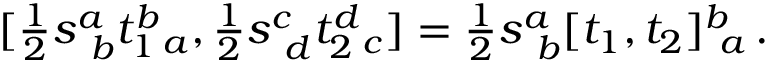
[ \textstyle { \frac { 1 } { 2 } } s _ { ~ b } ^ { a } t _ { 1 } ^ { b } { } _ { a } , \textstyle { \frac { 1 } { 2 } } s _ { ~ d } ^ { c } t _ { 2 } ^ { d } { } _ { c } ] = \textstyle { \frac { 1 } { 2 } } s _ { ~ b } ^ { a } [ t _ { 1 } , t _ { 2 } ] _ { ~ a } ^ { b } \, .